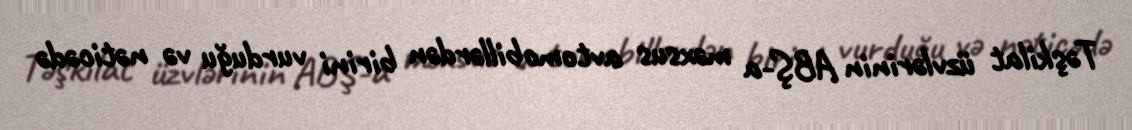
Təşkilat üzvlərinin ABŞ-a məxsus avtomobillərdən birini vurduğu və nəticədə